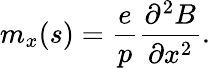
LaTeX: m_{x}(s)=\frac{e}{p}\frac{\partial^{2}B}{\partial x^{2}}.